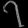
Digit: ၇